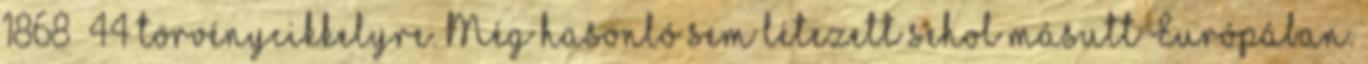
1868 44 törvénycikkelyre. Még hasonló sem létezett sehol másutt Európában.